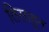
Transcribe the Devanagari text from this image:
तिसाहून